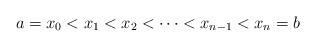
LaTeX: \begin{align*}a=x_0<x_1<x_2 < \cdots <x_{n-1}<x_n=b\end{align*}